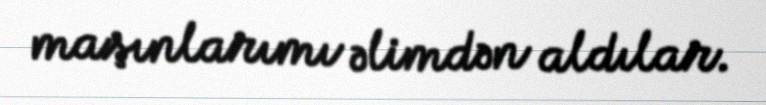
maşınlarımı əlimdən aldılar.